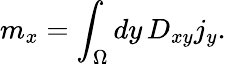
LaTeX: m_{x}=\int_{\Omega}dy\, D_{xy}j_{y}.